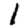
Digit: 1